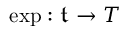
\exp : { \mathfrak { t } } \to T